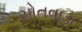
સોતવાડા